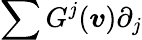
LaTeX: \sum G^{j}(\boldsymbol{v})\partial_{j}